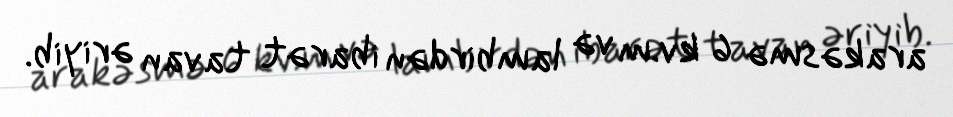
arakəsmə 6 kv.m və lambirdən ibarət tavan əriyib.